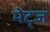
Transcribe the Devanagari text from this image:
मेट्ज